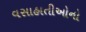
વસાહાતીઓનો